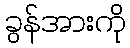
ခွန်အားကို